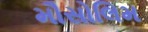
મૌસોલિમ